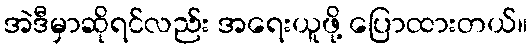
အဲဒီမှာဆိုရင်လည်း အရေးယူဖို့ ပြောထားတယ်။